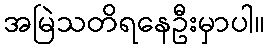
အမြဲသတိရနေဦးမှာပါ။